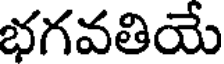
భగవతియే